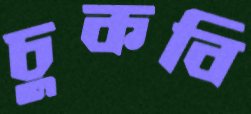
চুকবি